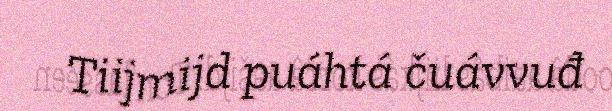
Tiijmijd puáhtá čuávvuđ